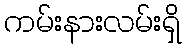
ကမ်းနားလမ်းရှိ